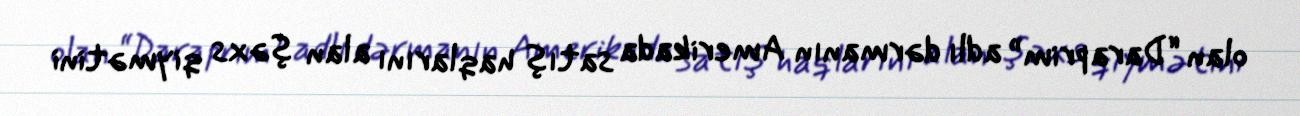
olan “Daraprim” adlı dərmanın Amerikada satış haqlarını alan şəxs qiymətini